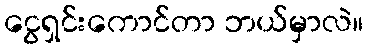
ငွေရှင်းကောင်တာ ဘယ်မှာလဲ။